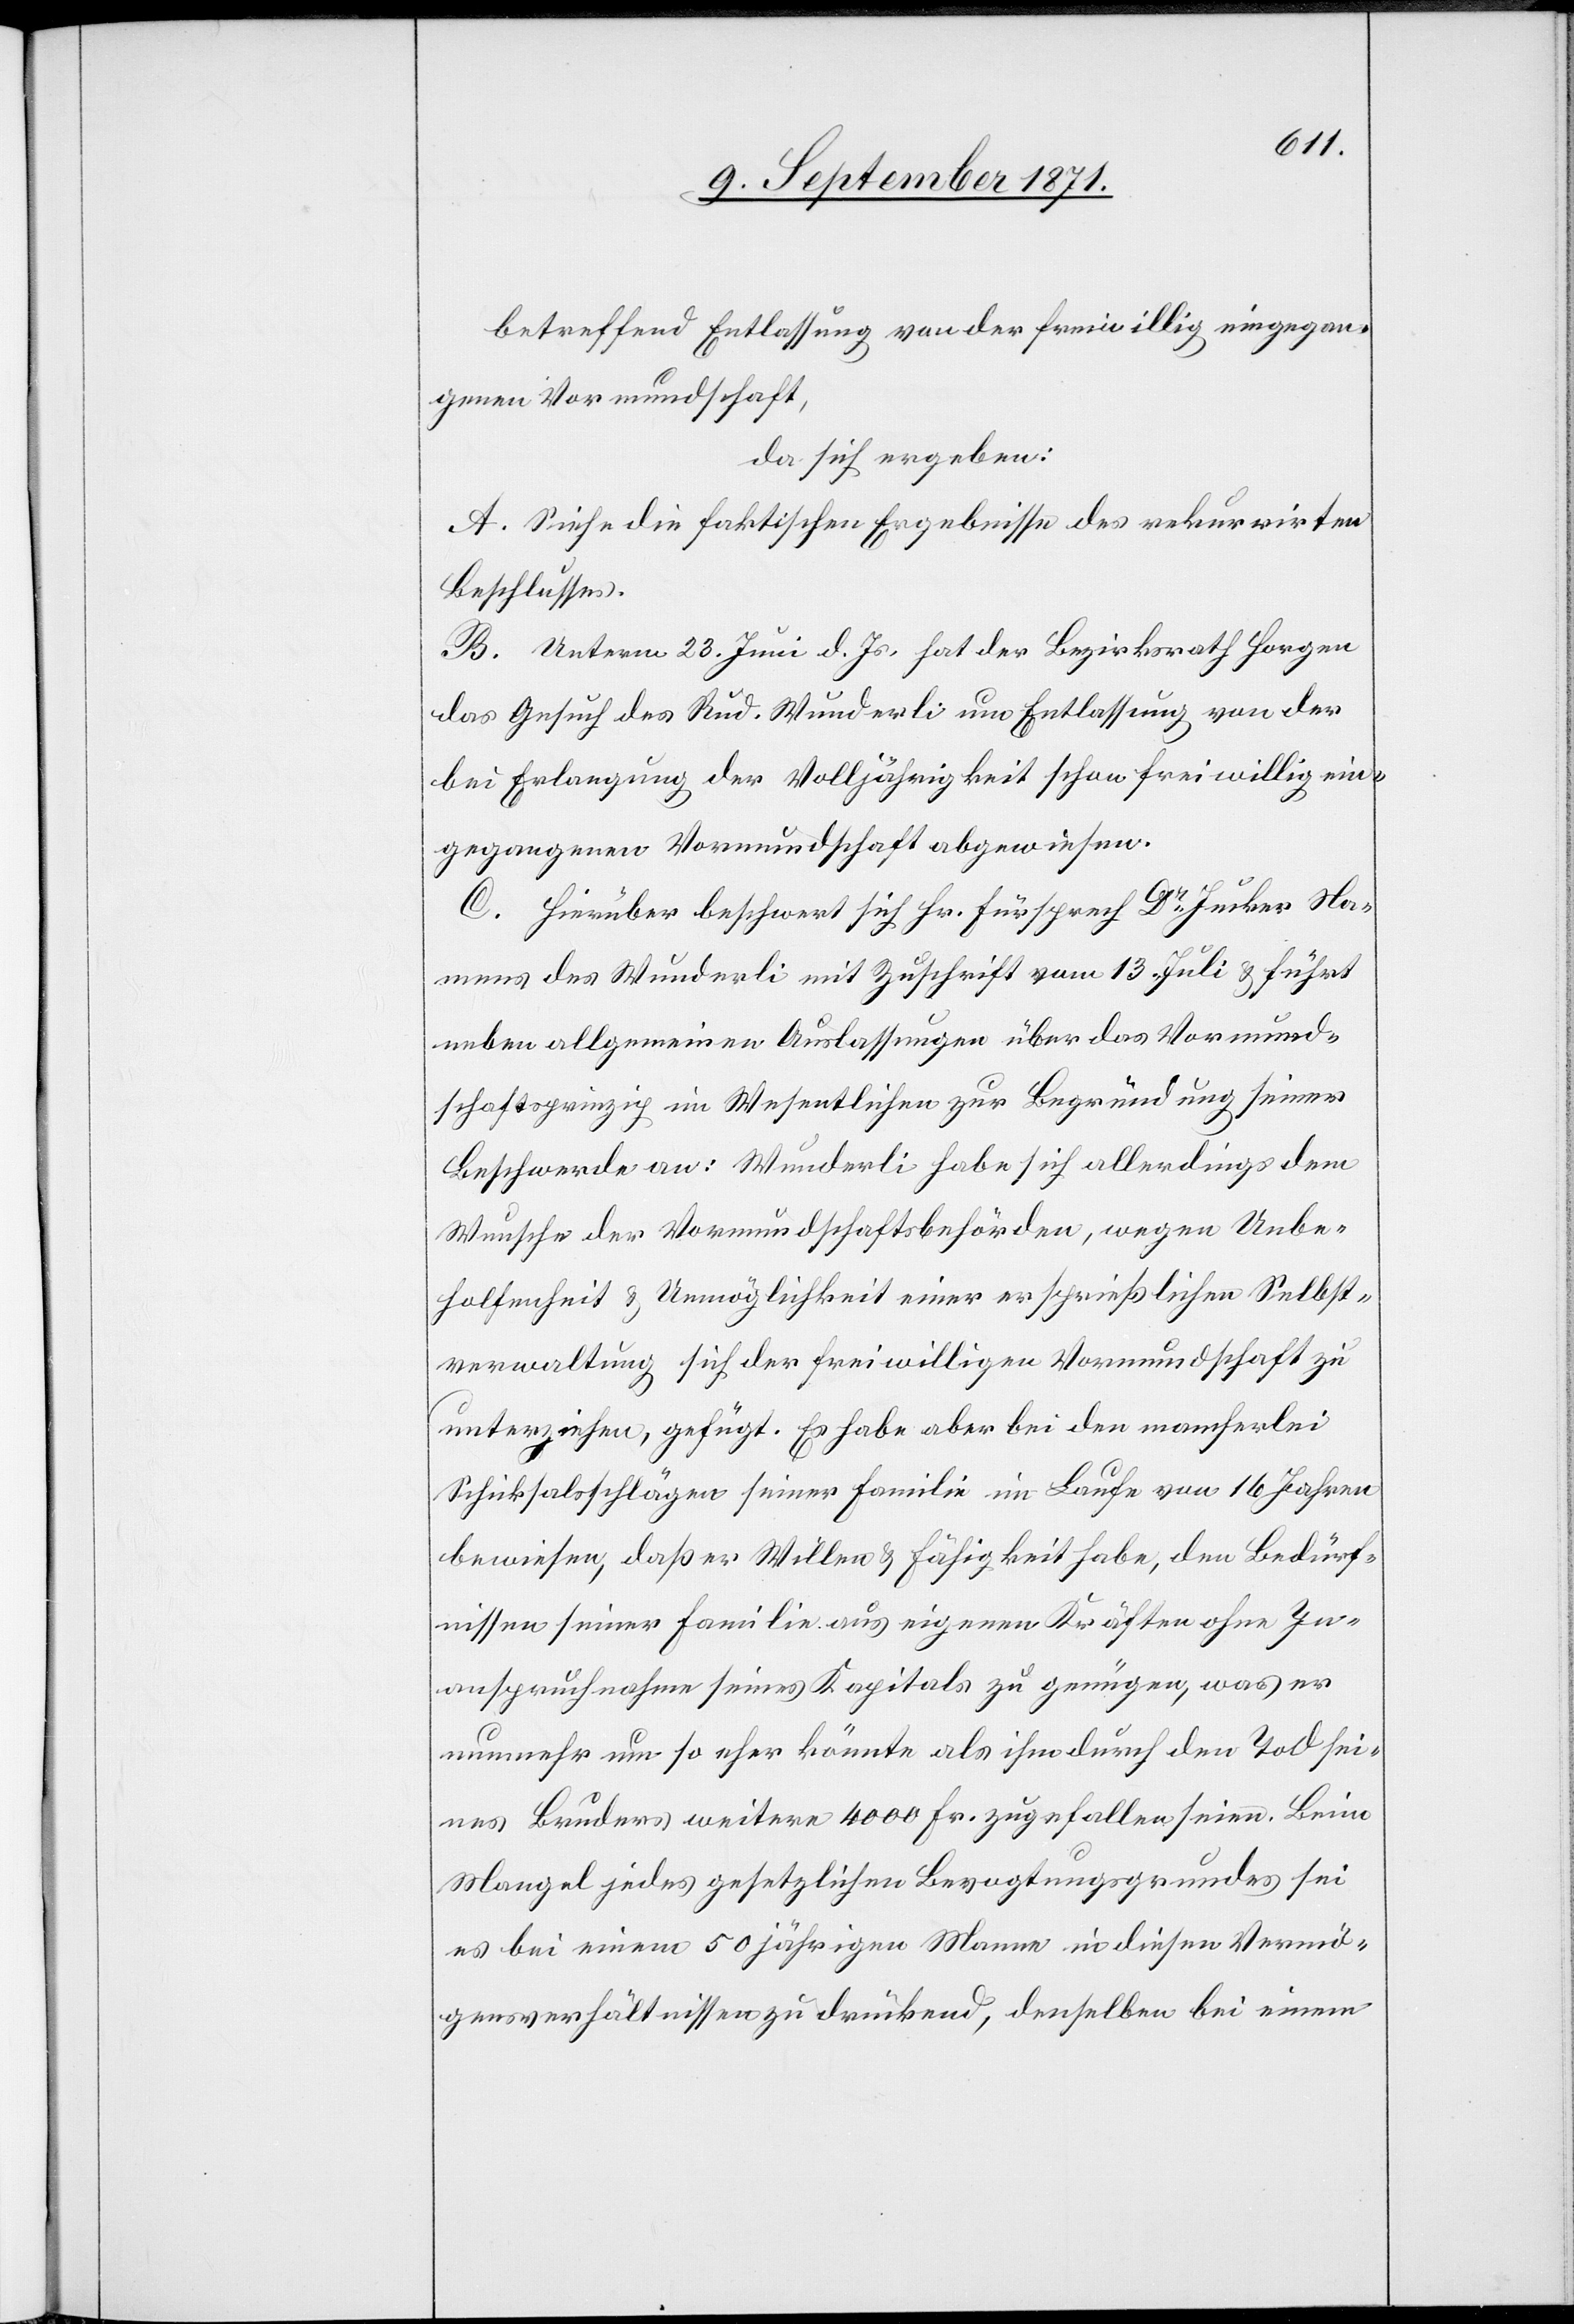
betreffend Entlassung von der freiwillig eingegan¬
genen Vormundschaft,
da sich ergeben:
A. Siehe die faktischen Ergebnisse des rekurrirten
Beschlusses.
B. Unterm 23. Juni d. Js. hat der Bezirksrath Horgen
das Gesuch des Rud. Wunderli um Entlassung von der
bei Erlangung der Volljährigkeit schon freiwillig ein¬
gegangenen Vormundschaft abgewiesen.
C. Hirüber beschwert sich Hr. Fürsprech Dr Jucker Na¬
mens des Wunderli mit Zuschrift vom 13. Juli & führt
neben allgemeinen Auslassungen über das Vormund¬
schaftsprinzip im Wesentlichen zur Begründung seiner
Beschwerde an: Wunderli habe sich allerdings dem
Wunsche der Vormundschaftsbehörden, wegen Unbe¬
holfenheit & Unmöglichkeit einer ersprießlichen Selbst¬
verwaltung sich der freiwilligen Vormundschaft zu
unterziehen, gefügt. Er habe aber bei den mancherlei
Schicksalsschlägen seiner Familie im Laufe von 16 Jahren
bewiesen, daß er Willen & Fähigkeit habe, den Bedürf¬
nissen seiner Familie aus eigenen Kräften ohne In¬
anspruchnahme seines Kapitals zu genügen, was er
nunmehr umso eher könnte als ihm durch den Tod sei¬
nes Bruders weitere 4000 Fr. zugefallen seien. Beim
Mangel jedes gesetzlichen Bevogtungsgrundes sei
es bei einem 50 jährigen Mann in diesen Vermö¬
gensverhältnissen zu drückend, denselben bei einem